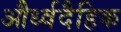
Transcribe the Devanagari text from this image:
और्ध्वदैहिक